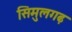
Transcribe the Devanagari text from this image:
सिमुलगढ़